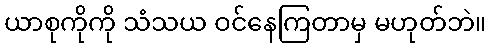
ယာစုကိုကို သံသယ ဝင်နေကြတာမှ မဟုတ်ဘဲ။